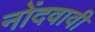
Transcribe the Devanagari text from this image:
नोंदवावी